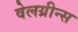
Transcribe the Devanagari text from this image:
वेलग्रीन्स